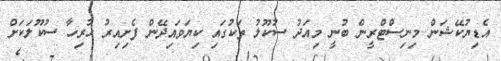
އެޑިޔުކޭޝަން މިނިސްޓްރީން ބުނީ މިއަދު ސުކޫލު ތަކުގައި ކިޔަވައިދޭން ފެށިއިރު ހުރިހާ ސުކޫލަކަށް